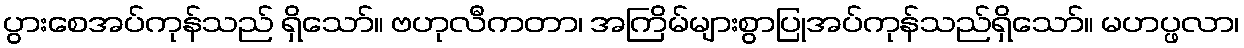
ပွားစေအပ်ကုန်သည် ရှိသော်။ ဗဟုလီကတာ၊ အကြိမ်များစွာပြုအပ်ကုန်သည်ရှိသော်။ မဟပ္ဖလာ၊